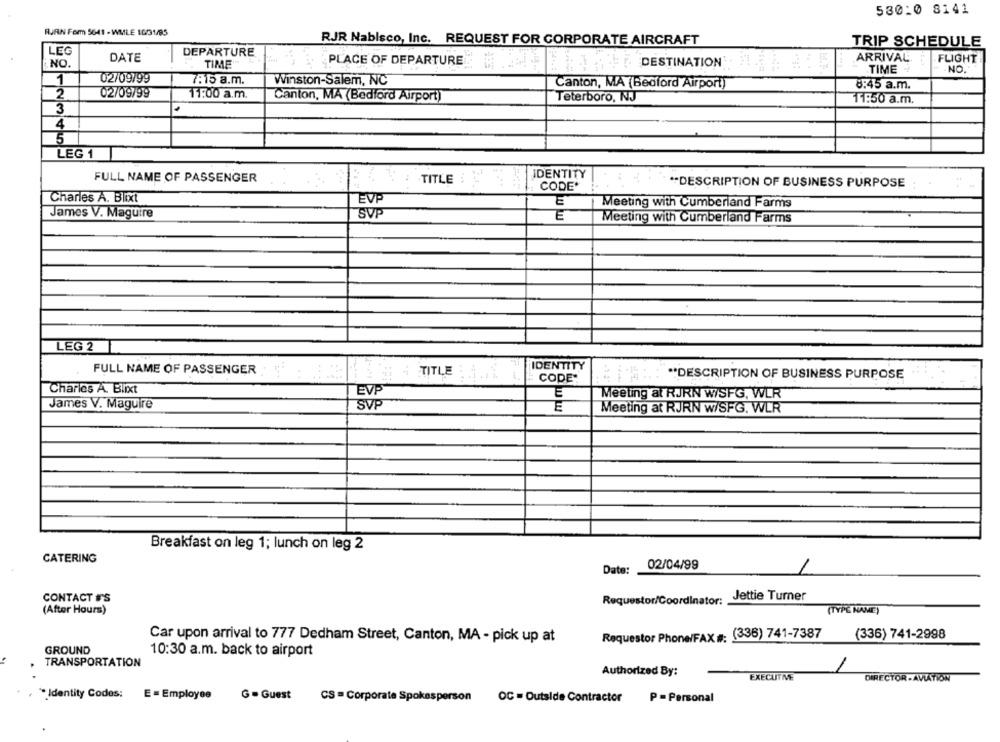
530:0 8141
RUAN Form 5641 - WMLE 10/31/95
RJR Nabisco, Inc. REQUEST FOR CORPORATE AIRCRAFT
TRIP SCHEDULE
LEG
DEPARTURE
DATE
ARRIVAL
FLIGHT
NO.
TIME"
PLACE OF DEPARTURE
DESTINATION
TIME
NO.
1
02/09799
7:15 a.m.
Winston-Salem, NC
Canton, MA (Bedford Airport)
8:45 a.m.
2
02/09/99
11:00 a.m.
Canton, MA (Bedford Airport)
Teterboro, NJ
11:50 a.m.
3
4
5
LEG 1
FULL NAME OF PASSENGER
IDENTITY
TITLE
*** DESCRIPTION OF BUSINESS PURPOSE
CODE*
Charles A. Blixt
EVP
Meeting with Cumberland Farms
James V. Maguire
SVP
E
Meeting with Cumberland Farms
LEG 2
FULL NAME OF PASSENGER
TITLE
IDENTITY
CODE"
** DESCRIPTION OF BUSINESS PURPOSE
Charles A. Blixt
EVP
E
Meeting at RJRN W/SFG, WLR
James V. Maguire
SVP
E
Meeting at RJRN w/SFG. WLR
Breakfast on leg 1; lunch on leg 2
CATERING
Date:
02/04/99
CONTACT FF'S
Requestor/Coordinator:
Jettie Turner
(After Hours)
(TYPE NAME)
Car upon arrival to 777 Dedham Street, Canton, MA - pick up at
Requestor Phone/FAX #: (336) 741-7387
(336) 741-2998
GROUND
10:30 a.m. back to airport
TRANSPORTATION
Authorized By:
EXECUTIVE
DIRECTOR - AVIATION
Identity Codes:
E = Employee
G = Guest
CS = Corporate Spokesperson
P = Personal
OC = Outside Contractor